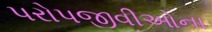
પરોપજીવીઓના